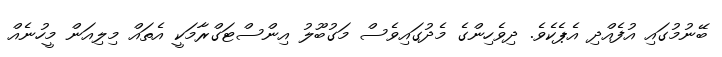
ބޭނުމުގައި އުފެއްދި އެޕެކެވެ. ދިވެހިންގެ މެދުގައިވެސް މަގުބޫލު އިންސްޓަގްރާމަކީ އެތައް މިލިއަން މީހުނެއް